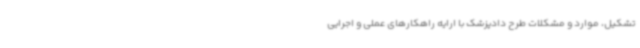
تشکیل، موارد و مشکلات طرح دادپزشک با ارایه راهکارهای عملی و اجرایی